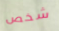
شخص